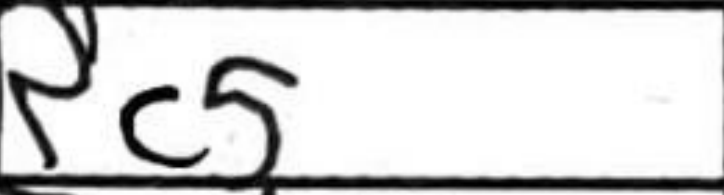
Transcription: Rc5